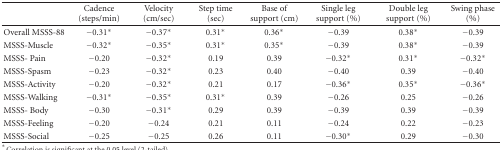
<table><thead><tr><td></td><td><b>Cadence (steps/min)</b></td><td><b>Velocity (cm/sec)</b></td><td><b>Step time (sec)</b></td><td><b>Base of support (cm)</b></td><td><b>Single leg support (%)</b></td><td><b>Double leg support (%)</b></td><td><b>Swing phase (%)</b></td></tr></thead><tbody><tr><td>Overall MSSS-88</td><td>−0.31*</td><td>−0.37*</td><td>0.31*</td><td>0.36*</td><td>−0.39</td><td>0.38*</td><td>−0.39</td></tr><tr><td>MSSS-Muscle</td><td>−0.32*</td><td>−0.35*</td><td>0.31*</td><td>0.35*</td><td>−0.39</td><td>0.38*</td><td>−0.39</td></tr><tr><td>MSSS- Pain</td><td>−0.20</td><td>−0.32*</td><td>0.19</td><td>0.39</td><td>−0.32*</td><td>0.31*</td><td>−0.32*</td></tr><tr><td>MSSS-Spasm</td><td>−0.23</td><td>−0.32*</td><td>0.23</td><td>0.40</td><td>−0.40</td><td>0.39</td><td>−0.40</td></tr><tr><td>MSSS-Activity</td><td>−0.20</td><td>−0.32*</td><td>0.21</td><td>0.17</td><td>−0.36*</td><td>0.35*</td><td>−0.36*</td></tr><tr><td>MSSS-Walking</td><td>−0.31*</td><td>−0.35*</td><td>0.31*</td><td>0.39</td><td>−0.26</td><td>0.25</td><td>−0.26</td></tr><tr><td>MSSS- Body</td><td>−0.30</td><td>−0.31*</td><td>0.29</td><td>0.39</td><td>−0.39</td><td>0.39</td><td>−0.39</td></tr><tr><td>MSSS-Feeling</td><td>−0.20</td><td>−0.24</td><td>0.21</td><td>0.11</td><td>−0.24</td><td>0.22</td><td>−0.23</td></tr><tr><td>MSSS-Social</td><td>−0.25</td><td>−0.25</td><td>0.26</td><td>0.11</td><td>−0.30*</td><td>0.29</td><td>−0.30</td></tr></tbody></table>